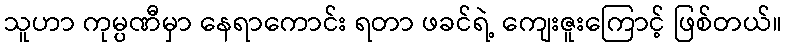
သူဟာ ကုမ္ပဏီမှာ နေရာကောင်း ရတာ ဖခင်ရဲ့ ကျေးဇူးကြောင့် ဖြစ်တယ်။